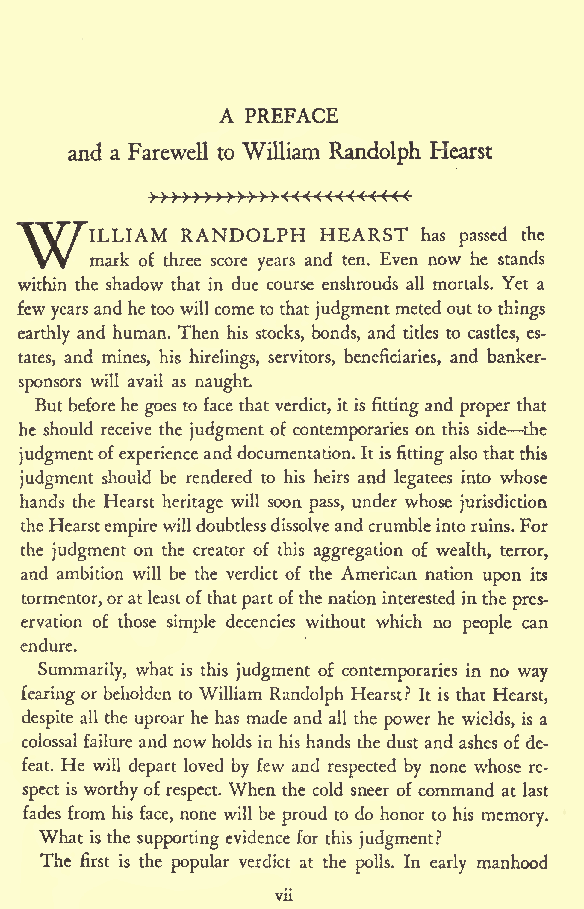
A PREFACE
 and a Farewell to William Randolph Hearst
 RANDOLPH HEARST
 WILLIAM                    has passed the
 mark of three score years and ten. Even now he stands
 within the shadow that in due course enshrouds all mortals. Yet a
 few yearsand hetoo will come to that judgmentmetedoutto things
 earthly and human. Then his stocks, bonds, and titles to castles, es-
 tates, and mines, his hirelings, servitors, beneficiaries, and banker-
 sponsors will avail as naught.
 Butbeforehe goes to face that verdict, it is fittingand proper that
 he should receive the judgment of contemporaries on this side the
 judgmentofexperienceand documentation. It isfittingalsothatthis
 judgment should be rendered to his heirs and legatees into whose
 hands the Hearst heritage will soon pass, under whose jurisdiction
 theHearstempirewilldoubtlessdissolveandcrumbleintoruins.For
 the judgment on the creator of this aggregation of wealth, terror,
 and ambition will be the verdict of the American nation upon its
 tormentor,oratleastofthatpartofthe nationinterested inthe
 pres-
 ervation of those simple decencies without which no people can
 endure.
 Summarily, what is this judgment of contemporaries in no way
 fearing or beholden to William Randolph Hearst? It is that Hearst,
 despite all the uproar he has made and all the power he wields, is a
 colossal failure and nowholds in his hands the dust and ashes of de-
 feat. He will depart loved by few and respected by none whose re-
 spect is worthy of respect. When the cold sneer of command at last
 fades from his face, none will be proud to do honor to his memory.
 What is the supporting evidence for this judgment?
 The first is the popular verdict at the polls. In early manhood
 vii